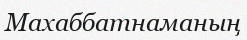
Махаббатнаманың